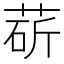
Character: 𦳵